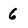
Character: 6